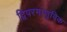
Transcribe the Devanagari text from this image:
द्विपरमाणुविक